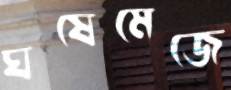
ঘষেমেজে